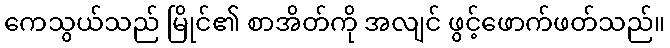
ကေသွယ်သည် မြိုင်၏ စာအိတ်ကို အလျင် ဖွင့်ဖောက်ဖတ်သည်။